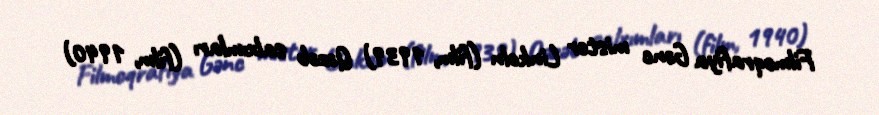
Filmoqrafiya Gənc mister Linkoln (film, 1939) Qəzəb salxımları (film, 1940)